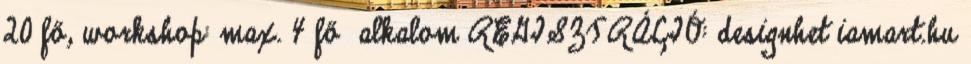
20 fő, workshop: max. 4 fő alkalom REGISZTRÁCIÓ: designhet iamart.hu